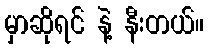
မှာဆိုရင် နဲ့ နီးတယ်။